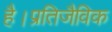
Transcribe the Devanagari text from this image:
है।प्रतिजैविक